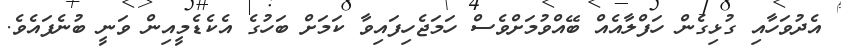
އެދުވަހާއި ގުޅިގެން ހަފްލާއެއް ބޭއްވުމަށްވެސް ހަމަޖެހިފައިވާ ކަމަށް ބަހުގެ އެކެޑެމީއިން ވަނީ ބުނެފައެވެ.